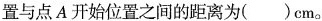
置与点A开始位置之间的距离为( )cm。